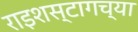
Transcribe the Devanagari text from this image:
राइशस्टागच्या